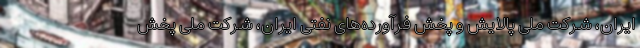
ایران، شرکت ملی پالایش و پخش فرآورده‌های نفتی ایران، شرکت ملی پخش